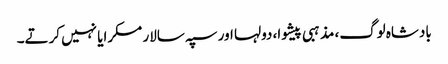
بادشاہ لوگ، مذہبی پیشوا، دولہا اور سپہ سالار مسکرایا نہیں کرتے۔